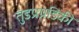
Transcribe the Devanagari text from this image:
तुंडप्रग्रडिकी